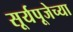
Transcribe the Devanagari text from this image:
सूर्यपूजेच्या